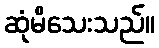
ဆုံမိသေးသည်။